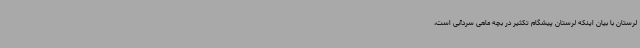
لرستان با بیان اینکه لرستان پیشگام تکثیر در بچه ماهی سردآبی است،